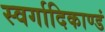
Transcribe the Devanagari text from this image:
स्वर्गादिकाण्डं